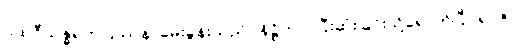
ပထဝီသန္ဓရကပြဿနာမေးခွန်းသည်။ နိဋ္ဌိတာ၊ ပြီးဆုံးခြင်းသို့ရောက်ပြီ။ ရာဇာ၊